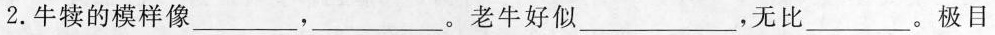
2. 牛犊的模样像___，___。老牛好似___，无比___。极目